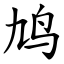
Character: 鸠